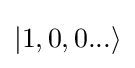
|1,0,0...\rangle